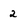
Character: 2